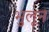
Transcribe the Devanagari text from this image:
भुलून